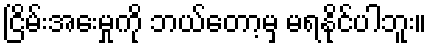
ငြိမ်းအေးမှုကို ဘယ်တော့မှ မရနိုင်ပါဘူး။